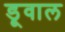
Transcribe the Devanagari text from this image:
डूवाल